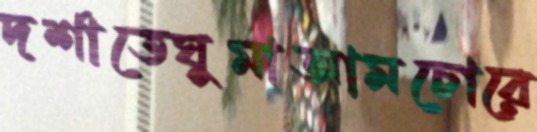
দর্শাতেঘুমাআমচোরে